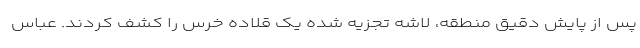
پس از پایش دقیق منطقه، لاشه تجزیه شده یک قلاده خرس را کشف کردند. عباس